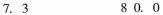
7.3 80.0